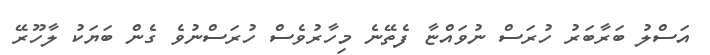
އަސްލު ބަރާބަރު ހުރަސް ނުވައްޏާ ފެތޭނެ މިހާރުވެސް ހުރަސްނުވެ ގެން ބަޔަކު ލާހޫރޭ